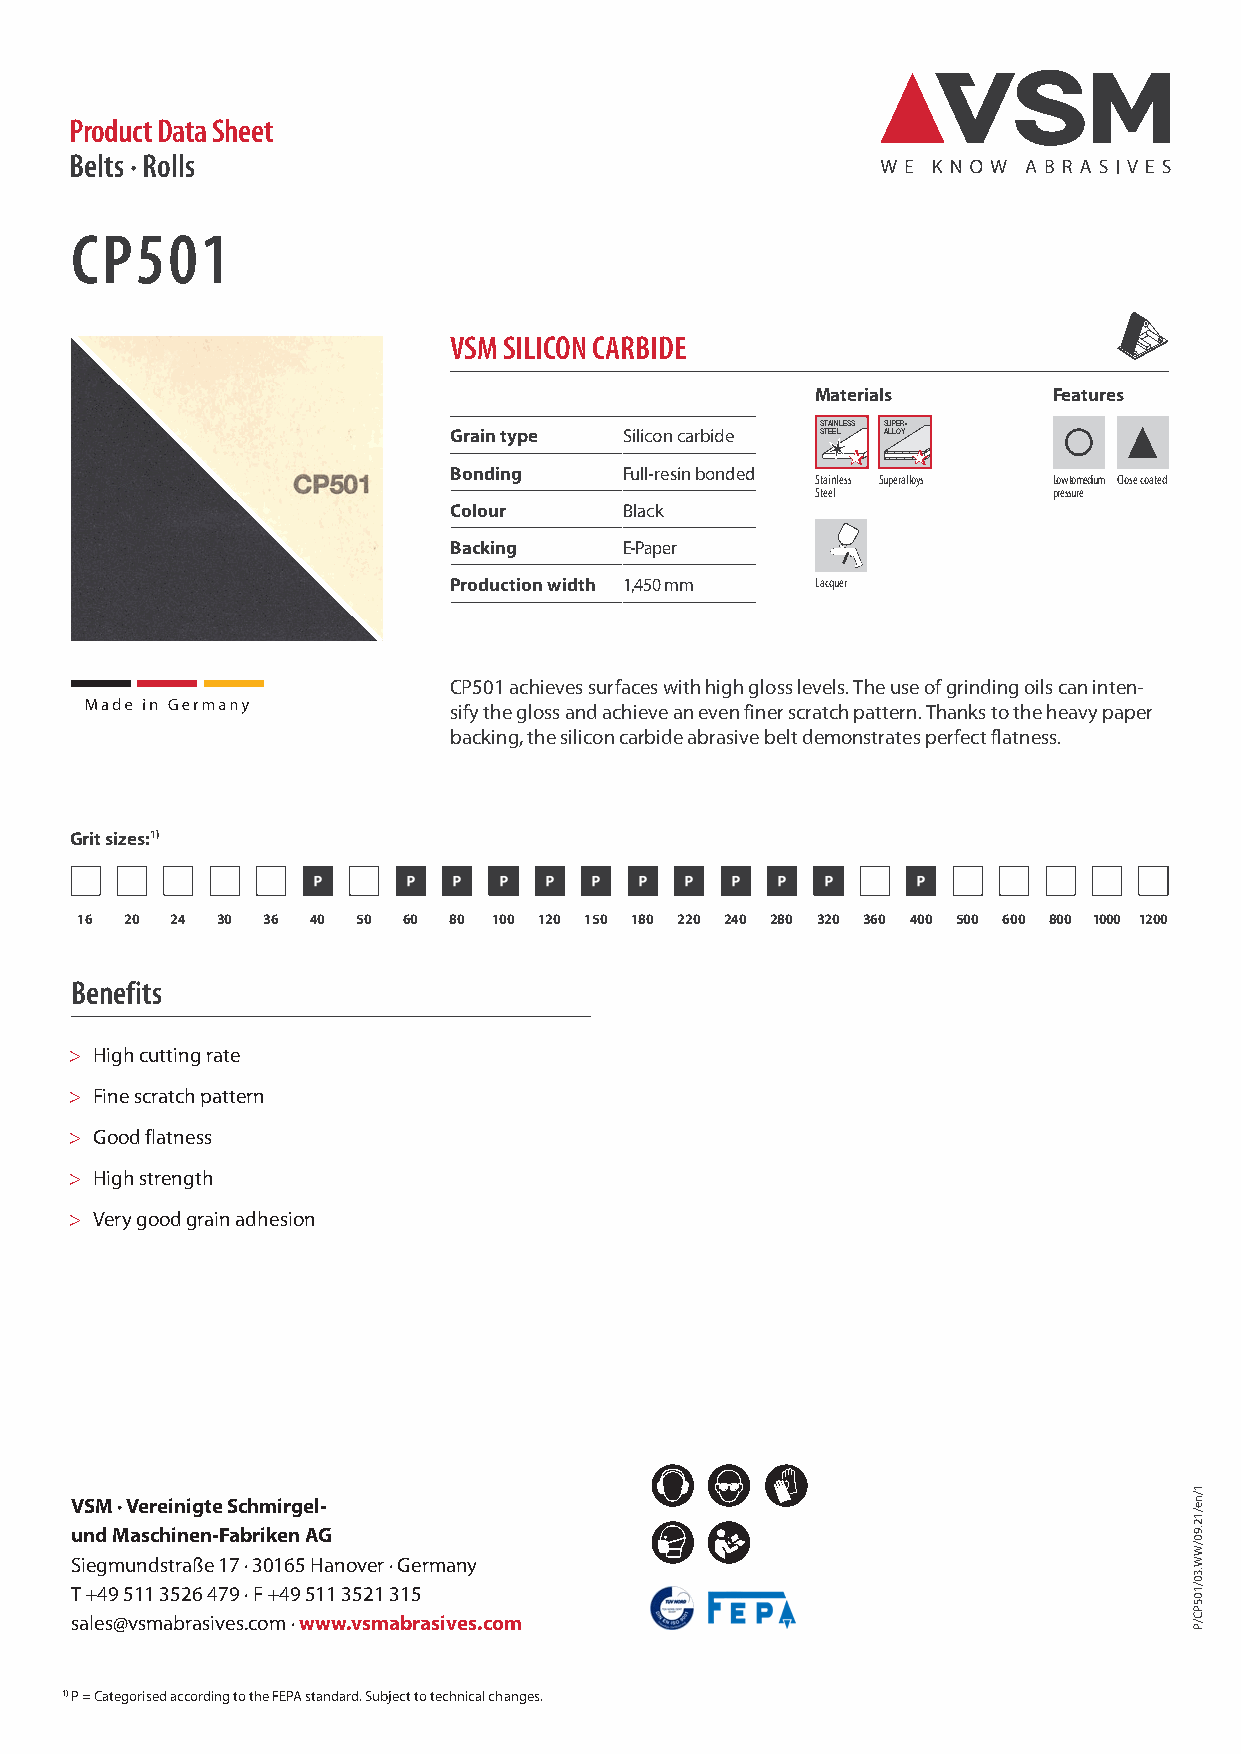
Product Data Sheet
 Belts · Rolls
 CP501
 VSM SILICON CARBIDE
 Materials       Features
 STAINLESS SUPER-
 Grain type Silicon carbide STEEL ALLOY
 Bonding    Full-resin bonded
 Stainless Superalloys Low to medium Close coated
 Steel           pressure
 Colour     Black
 Backing    E-Paper
 Production width 1,450 mm Lacquer
 CP501 achieves surfaces with high gloss levels. The use of grinding oils can inten-
 sify the gloss and achieve an even finer scratch pattern. Thanks to the heavy paper
 backing, the silicon carbide abrasive belt demonstrates perfect flatness.
 Grit sizes:1)
 16 20 24 30 36 40  50 60 80 100 120 150 180 220 240 280 320 360 400 500 600 800 1000 1200
 Benefits
 > High cutting rate
 > Fine scratch pattern
 > Good flatness
 > High strength
 > Very good grain adhesion
 VSM · Vereinigte Schmirgel-
 und Maschinen-Fabriken AG
 Siegmundstraße 17 · 30165 Hanover · Germany
 T +49 511 3526 479 · F +49 511 3521 315
 sales@vsmabrasives.com · www.vsmabrasives.com
 1) P = Categorised according to the FEPA standard. Subject to technical changes.
 1/ne/12.90/WW.30/105PC/P